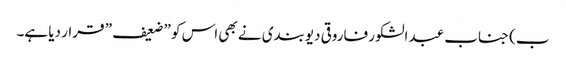
ب) جناب عبد الشکور فاروقی دیوبندی نے بھی اس کو ” ضعیف ” قرار دیا ہے۔